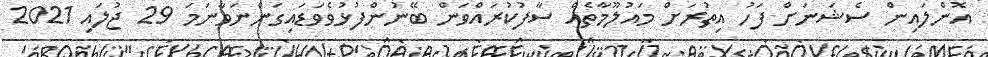
އޮންލައިން ސެޝަނަށް ފަހު އިތުރަށް މައުލޫމާތެއް ސާފުކުރައްވަން ބޭނުންފުޅުވެވަޑައިގަންނަވާނަމަ 29 ޖުލައި 2021